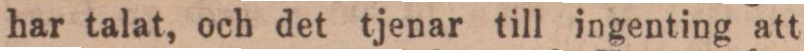
har talat, och det tjenar till ingenting att